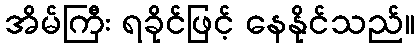
အိမ်ကြီး ရခိုင်ဖြင့် နေနိုင်သည်။